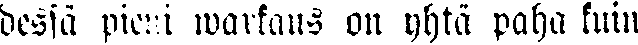
dessä pieni warkaus on yhtä paha kuin